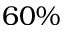
6 0 \%